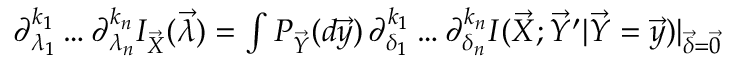
\begin{array} { r } { \partial _ { \lambda _ { 1 } } ^ { k _ { 1 } } \dots \partial _ { \lambda _ { n } } ^ { k _ { n } } I _ { \vec { X } } ( \vec { \lambda } ) = \int P _ { \vec { Y } } ( d \vec { y } ) \, \partial _ { \delta _ { 1 } } ^ { k _ { 1 } } \dots \partial _ { \delta _ { n } } ^ { k _ { n } } I ( \vec { X } ; \vec { Y } ^ { \prime } | \vec { Y } = \vec { y } ) | _ { \vec { \delta } = \vec { 0 } } } \end{array}